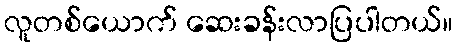
လူတစ်ယောက် ဆေးခန်းလာပြပါတယ်။